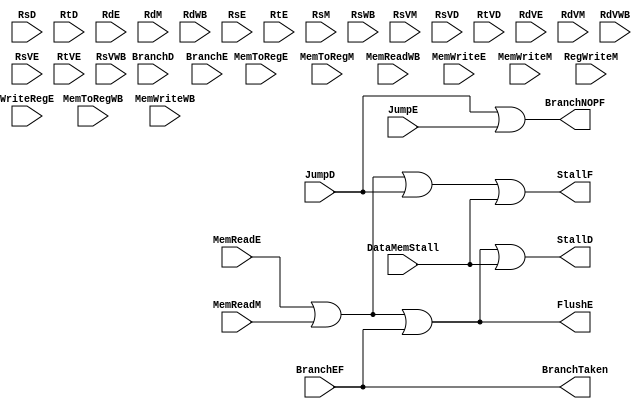
module HazardDetectionUnit(
	input MemToRegE, //execute
	input [2:0] RsD, //Decode
	input [2:0] RtD, //Decode
	input [2:0] RdE, //Execute
	input [2:0] RdM, //Memory
	input [2:0] RdWB,//WB
	input [2:0] RsE,
	input [2:0] RtE,
	input [2:0] RsM,
	input [2:0] RsWB,
	input RsVM,
	input MemToRegM, //Memory
	input MemToRegWB,
	input MemReadE,
	input MemReadM,
	input MemReadWB,
	input MemWriteE,
	input MemWriteM,
	input MemWriteWB,
	input RsVD, //Rs Register Valid Bit From DECODE
	input RtVD, //Rt Register Valid Bit FROM DECODE
	input RdVE, //Rd Register Valid Bit FROM EXECUTE
	input RdVM, //Rd Register Valid Bit FROM MEMORY
	input RdVWB, //RdVALID WB
	input RsVE,
	input RtVE,
	input RsVWB,
	// END of required signals for RAW STALL
	input BranchD,
	input BranchE,
	input JumpD,
	input JumpE,
	input BranchEF,
	input RegWriteM,
	input WriteRegE,
	input DataMemStall,
	//End of Signals for Branch Control
	output StallF,
	output StallD,
	output FlushE,
	output BranchNOPF, //sed for setting next decode stage to NOP instruction in case of Branch INSTR
	output BranchTaken	
);
/////////////////////////////////////////////////////////////////////////////////////////////
//RAW STALL SECTION//
wire RAWStall, LWStall1;
assign RAWStall = LWStall1; 

assign LWStall1 = ((MemReadE | MemReadM));

//ASSIGN OUTPUTS
assign StallF = RAWStall | JumpD | DataMemStall; // if memory is not ready, stall, 
assign StallD = RAWStall | BranchTaken | DataMemStall;
assign FlushE = RAWStall | BranchTaken;
assign BranchNOPF = JumpD | JumpE;
assign BranchTaken = BranchEF;
endmodule